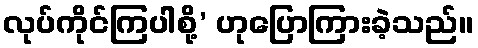
လုပ်ကိုင်ကြပါစို့’ ဟုပြောကြားခဲ့သည်။